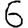
Digit: 6